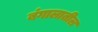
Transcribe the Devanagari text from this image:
बंगालातील